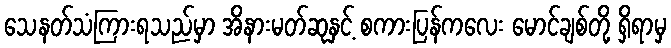
သေနတ်သံကြားရသည်မှာ အိနားမတ်ဆုနှင့် စကားပြန်ကလေး မောင်ချစ်တို့ ရှိရာမှ